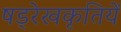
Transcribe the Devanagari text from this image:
षड्रेखकृतियें